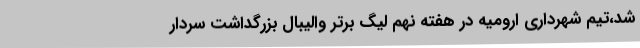
شد،تیم شهرداری ارومیه در هفته نهم لیگ برتر والیبال بزرگداشت سردار